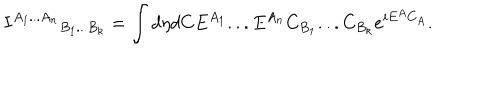
{ I ^ { A _ { 1 } . . . A _ { n } } } _ { B _ { 1 } . . . B _ { k } } = \int d \eta d C E ^ { A _ { 1 } } . . . E ^ { A _ { n } } C _ { B _ { 1 } } . . . C _ { B _ { k } } e ^ { i E ^ { A } C _ { A } } .